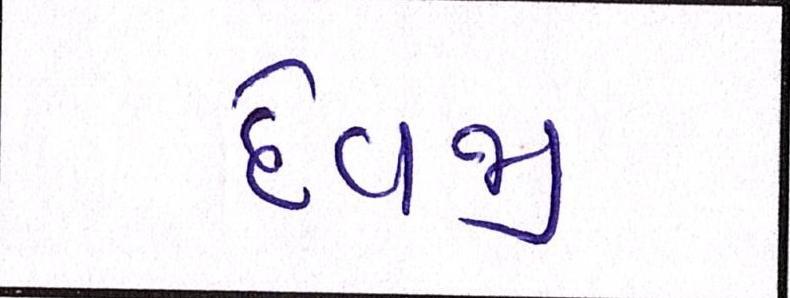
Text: દેવજી